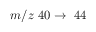
m / z ~ 4 0 \rightarrow ~ 4 4